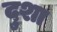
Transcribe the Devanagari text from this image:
दुशा